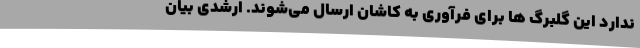
ندارد این گلبرگ ها برای فرآوری به کاشان ارسال می‌شوند. ارشدی بیان